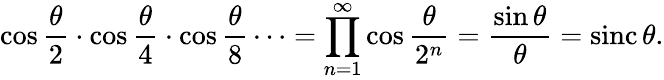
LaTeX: \cos{\frac{\theta}{2}}\cdot\cos{\frac{\theta}{4}}\cdot\cos{\frac{\theta}{8}}\cdots=\prod_{n=1}^{\infty}\cos{\frac{\theta}{2^{n}}}={\frac{\sin\theta}{\theta}}=\operatorname{sinc}\theta.